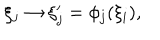
\xi _ { j } \rightarrow \xi _ { j } ^ { \prime } = \phi _ { j } ( \xi _ { i } ) ,